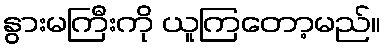
နွားမကြီးကို ယူကြတော့မည်။